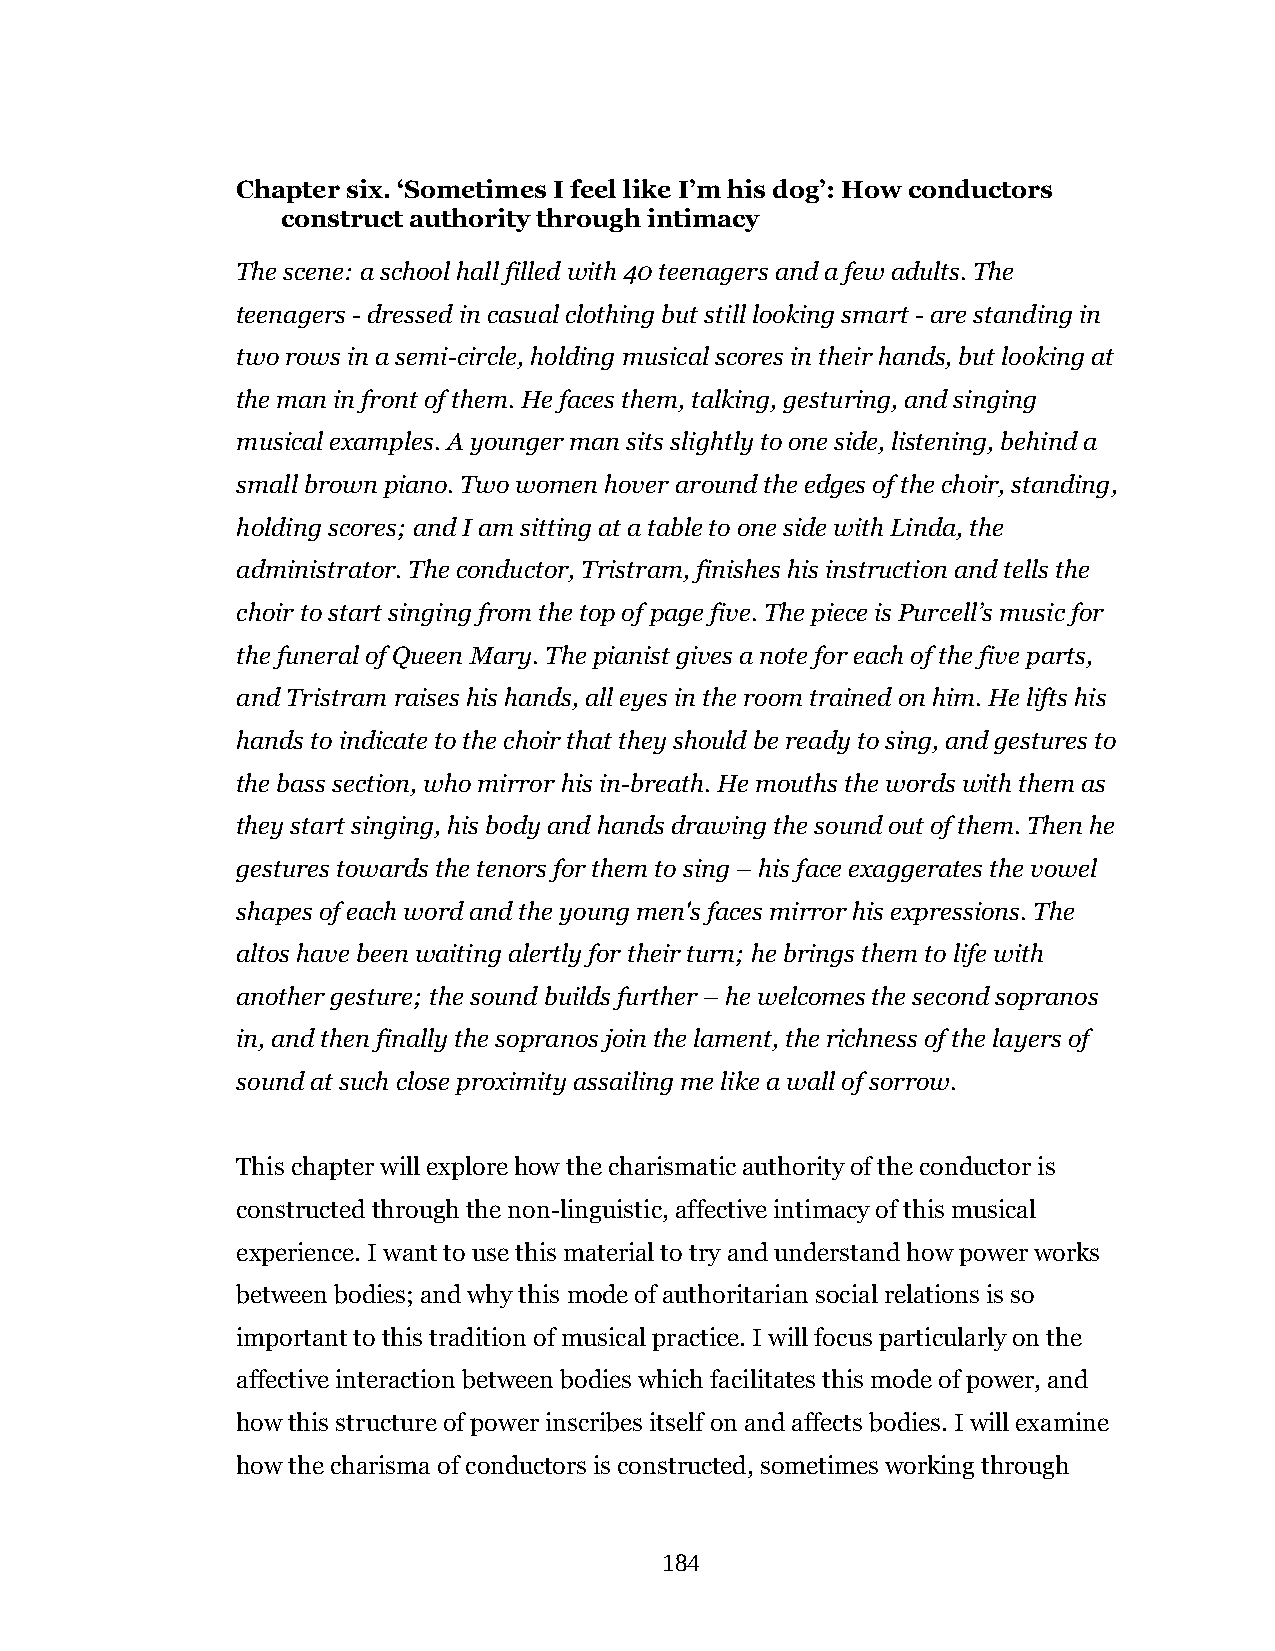
Chapter six. ‘Sometimes I feel like I’m his dog’: How conductors
 construct authority through intimacy
 The scene: a school hall filled with 40 teenagers and a few adults. The
 teenagers - dressed in casual clothing but still looking smart - are standing in
 two rows in a semi-circle, holding musical scores in their hands, but looking at
 the man in front of them. He faces them, talking, gesturing, and singing
 musical examples. A younger man sits slightly to one side, listening, behind a
 small brown piano. Two women hover around the edges of the choir, standing,
 holding scores; and I am sitting at a table to one side with Linda, the
 administrator. The conductor, Tristram, finishes his instruction and tells the
 choir to start singing from the top of page five. The piece is Purcell’s music for
 the funeral of Queen Mary. The pianist gives a note for each of the five parts,
 and Tristram raises his hands, all eyes in the room trained on him. He lifts his
 hands to indicate to the choir that they should be ready to sing, and gestures to
 the bass section, who mirror his in-breath. He mouths the words with them as
 they start singing, his body and hands drawing the sound out of them. Then he
 gestures towards the tenors for them to sing – his face exaggerates the vowel
 shapes of each word and the young men's faces mirror his expressions. The
 altos have been waiting alertly for their turn; he brings them to life with
 another gesture; the sound builds further – he welcomes the second sopranos
 in, and then finally the sopranos join the lament, the richness of the layers of
 sound at such close proximity assailing me like a wall of sorrow.
 This chapter will explore how the charismatic authority of the conductor is
 constructed through the non-linguistic, affective intimacy of this musical
 experience. I want to use this material to try and understand how power works
 between bodies; and why this mode of authoritarian social relations is so
 important to this tradition of musical practice. I will focus particularly on the
 affective interaction between bodies which facilitates this mode of power, and
 how this structure of power inscribes itself on and affects bodies. I will examine
 how the charisma of conductors is constructed, sometimes working through
 184